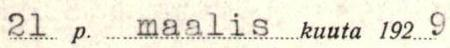
21 p. maalis kuuta 192 9